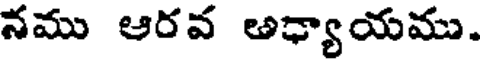
నము ఆరవ అధ్యాయము.